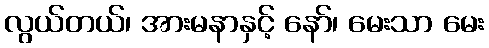
လွယ်တယ်၊ အားမနာနှင့် နော်၊ မေးသာ မေး